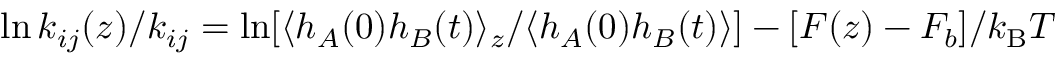
\ln k _ { i j } ( z ) / k _ { i j } = \ln [ \langle h _ { A } ( 0 ) h _ { B } ( t ) \rangle _ { z } / \langle h _ { A } ( 0 ) h _ { B } ( t ) \rangle ] - [ F ( z ) - F _ { b } ] / k _ { \mathrm { B } } T